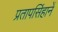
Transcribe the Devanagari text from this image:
प्रतापसिंहानें